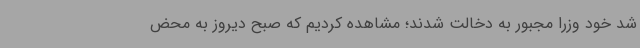
شد خود وزرا مجبور به دخالت شدند؛ مشاهده کردیم که صبح دیروز به محض